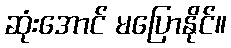
ဆုံးအောင် မပြောနိုင်။